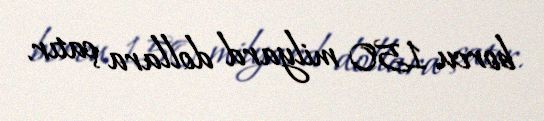
borcu 150 milyard dollara çatır.